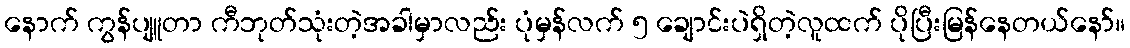
နောက် ကွန်ပျူတာ ကီဘုတ်သုံးတဲ့အခါမှာလည်း ပုံမှန်လက် ၅ ချောင်းပဲရှိတဲ့လူထက် ပိုပြီးမြန်နေတယ်နော်။